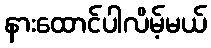
နားထောင်ပါလိမ့်မယ်